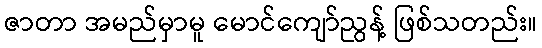
ဇာတာ အမည်မှာမူ မောင်ကျော်ညွန့် ဖြစ်သတည်း။